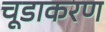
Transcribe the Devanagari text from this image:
चूडाकरण